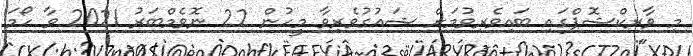
މި ވާރކްޝޮޕްގައި ބައިވެރިވުމަށް ޝައުގުވެރިވާ މީހުން 22 ނޮވެމްބަރު 2021 ވާ ހޯމަ